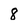
Character: 8